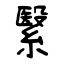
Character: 繄